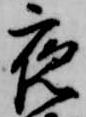
夜